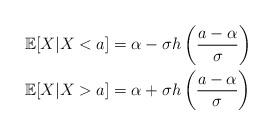
LaTeX: \begin{align*} \mathbb{E}[X | X < a] &= \alpha - \sigma h \left( \frac{a - \alpha}{\sigma} \right)\\ \mathbb{E}[X | X > a] &= \alpha + \sigma h \left( \frac{a - \alpha}{\sigma} \right)\end{align*}